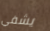
يشفي